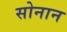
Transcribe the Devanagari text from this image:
सोनान